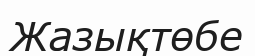
Жазықтөбе